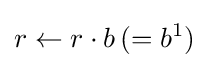
r\leftarrow r\cdot b\,(=b^{1})